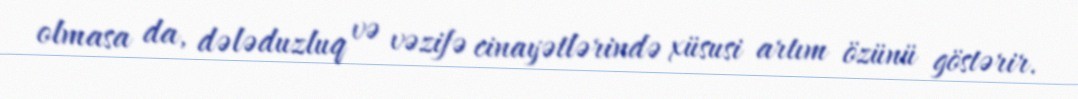
olmasa da, dələduzluq və vəzifə cinayətlərində xüsusi artım özünü göstərir.